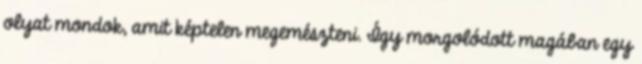
olyat mondok, amit képtelen megemészteni. Így morgolódott magában egy